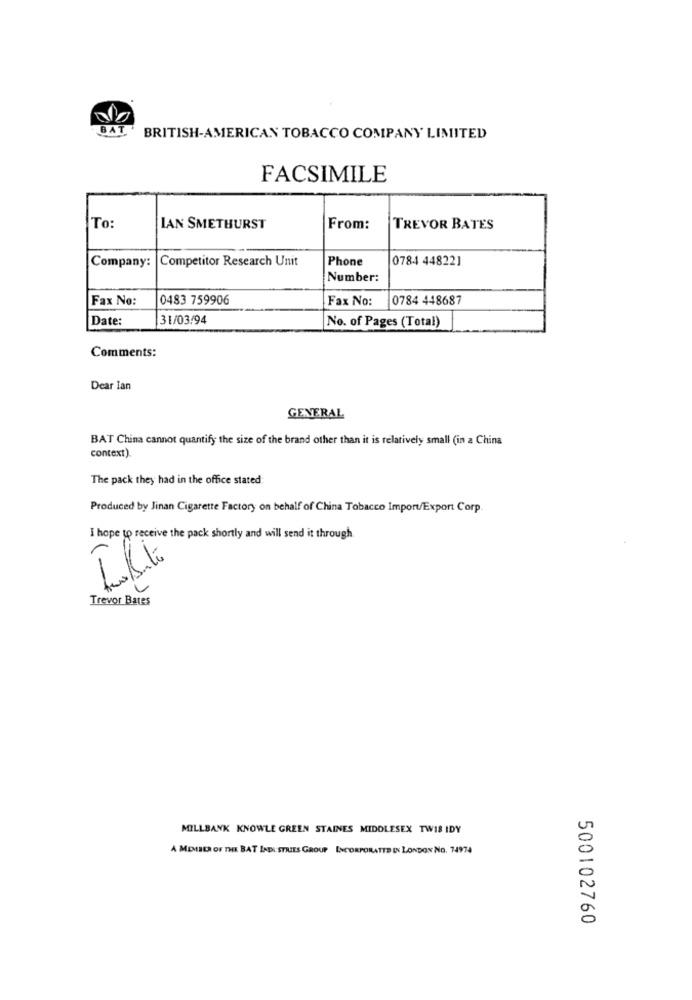
BAT
BRITISH-AMERICAN TOBACCO COMPANY LIMITED
FACSIMILE
To:
IAN SMETHURST
From:
TREVOR BATES
Company:
Competitor Research Unit
Phone
0784 44822]
Number:
Fax No:
0483 759906
Fax No:
0784 448687
|Date:
31/03/94
No. of Pages (Total)
Comments:
Dear Ian
GENERAL
BAT China cannot quantify the size of the brand other than it is relatively small (in a China
context).
The pack they had in the office stated
Produced by Jinan Cigarette Factory on behalf of China Tobacco Import/Export Corp.
I hope to receive the pack shortly and will send it through
Trevor Bates
MILLBANK KNOWLE GREEN STAINES MIDDLESEX TW18 IDY
A MEMBER OF THE BAT INDI STILLES GROUP INCORPORATED IN LONDON NO. 74974
500102760